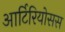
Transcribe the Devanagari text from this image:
आर्टिरियोसस